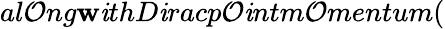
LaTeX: al\mathcal{O}ng\mathbf{w}\mathit{i}thD\mathit{i}racp\mathcal{O}\mathit{i}ntm\mathcal{O}mentum(